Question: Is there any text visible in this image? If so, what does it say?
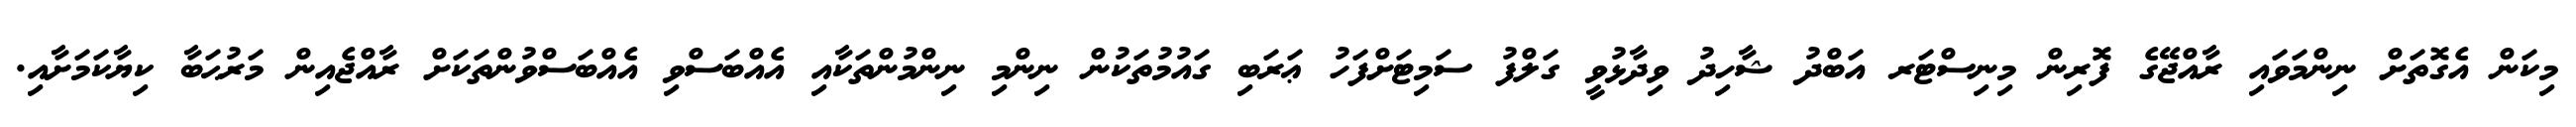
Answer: މިކަން އެގޮތަށް ނިންމަވައި ރާއްޖޭގެ ފޮރިން މިނިސްޓަރ އަބްދު ޝާހިދު ވިދާޅުވީ ގަލްފު ސަމިޓަށްފަހު ޢަރަބި ގައުމުތަކުން ނިންމި ނިންމުންތަކާއި އެއްބަސްވި އެއްބަސްވުންތަކަށް ރާއްޖެއިން މަރުޙަބާ ކިޔާކަމަށާއި.